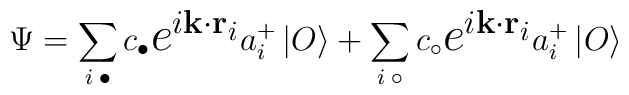
\Psi = \sum_{i \;\bullet} c_{\bullet}\mbox{\Large $e^{i{\bf k \cdot r}_{i}}$} a_{i}^{+} \left| O \right\rangle+  \sum_{i \;\circ} c_{\circ}\mbox{\Large $e^{i{\bf k \cdot r}_{i}}$}a_{i}^{+} \left| O \right\rangle